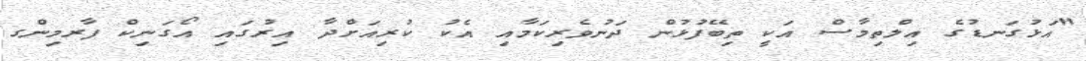
"އަޅުގަނޑުގެ އިލްތިމާސް އަކީ ތިބޭފުޅުން ދަނުވެރިކަމާއި އެކު ކުރިއަށްދާ އިރުގައި އޯގަނިކް ފާރމިންގ